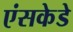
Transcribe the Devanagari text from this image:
एंसकेडे